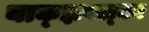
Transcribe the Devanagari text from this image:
याक्ज्ञवल्क्य